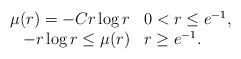
LaTeX: \begin{align*}\begin{array}{rl}\mu(r) = - C r \log r& 0 < r \le e^{-1}, \\- r \log r \le \mu(r)& r \ge e^{-1}.\end{array}\end{align*}